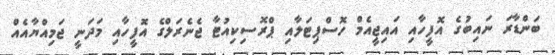
ބަންޑާރަ ނައިބުގެ އޮފީހާއި އައިޖީއެމް ހޮސްޕިޓަލާއި ޕްރޮސިކިއުޓާ ޖެނެރަލްގެ އޮފީހާއި މަދަނީ ޖަމިއްޔާއެއް